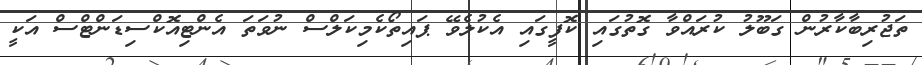
ތަޖުރިބާކާރުން ގަބޫލު ކުރައްވާ ގޮތުގައި ކޮފީގައި އެކުލެވޭ ޕައިތޯކެމިކަލްސް ނުވަތަ އެންޓިއޮކްސިޑަންޓްސް އަކީ